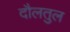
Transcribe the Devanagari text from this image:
दौलतुल